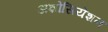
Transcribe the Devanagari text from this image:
अशोसियेशन